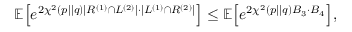
\begin{array} { r } { \mathbb { E } { \left[ e ^ { 2 \chi ^ { 2 } ( p | | q ) \vert { \cal R } ^ { \left( 1 \right) } \cap { \cal L } ^ { \left( 2 \right) } \vert \cdot \vert { \cal L } ^ { \left( 1 \right) } \cap { \cal R } ^ { \left( 2 \right) } \vert } \right] } \leq \mathbb { E } { \left[ e ^ { 2 \chi ^ { 2 } ( p | | q ) B _ { 3 } \cdot B _ { 4 } } \right] } , } \end{array}